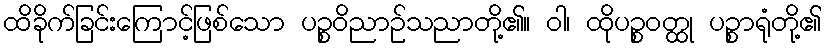
ထိခိုက်ခြင်းကြောင့်ဖြစ်သော ပဉ္စဝိညာဉ်သညာတို့၏။ ဝါ၊ ထိုပဉ္စဝတ္ထု ပဉ္စာရုံတို့၏